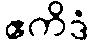
ဧကိဒံ